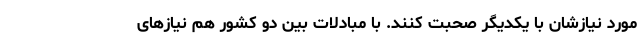
مورد نیازشان با یکدیگر صحبت کنند. با مبادلات بین دو کشور هم نیازهای